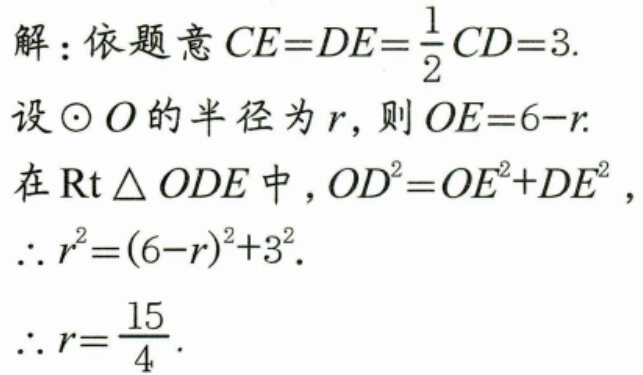
解：依题意\(CE = DE=\frac{1}{2}CD = 3\).
设\(\odot O\)的半径为\(r\)，则\(OE = 6 - r\).
在\(\text{Rt}\triangle ODE\)中，\(OD^{2}=OE^{2}+DE^{2}\)，
\(\therefore r^{2}=(6 - r)^{2}+3^{2}\).
\(\therefore r=\frac{15}{4}\).